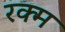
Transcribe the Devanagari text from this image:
रक्म